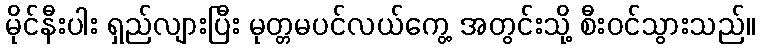
မိုင်နီးပါး ရှည်လျားပြီး မုတ္တမပင်လယ်ကွေ့ အတွင်းသို့ စီးဝင်သွားသည်။